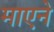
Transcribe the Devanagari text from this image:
माएने